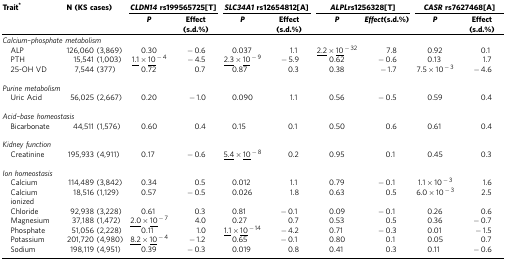
<table><thead><tr><td><b>Trait*</b></td><td><b>N (KS cases)</b></td><td colspan="2"><b><i>CLDN14</i>rs199565725[T]</b></td><td colspan="2"><b><i>SLC34A1</i>rs12654812[A]</b></td><td colspan="2"><b><i>ALPL</i>rs1256328[T]</b></td><td colspan="2"><b><i>CASR</i>rs7627468[A]</b></td></tr><tr><td><b> </b></td><td><b> </b></td><td><b><i>P</i></b></td><td><b>Effect (s.d.%)</b></td><td><b><i>P</i></b></td><td><b>Effect (s.d.%)</b></td><td><b><i>P</i></b></td><td><b><i>Effect</i>(s.d.%)</b></td><td><b><i>P</i></b></td><td><b>Effect (s.d.%)</b></td></tr></thead><tbody><tr><td colspan="10"><i>Calcium–phosphate metabolism</i></td></tr><tr><td><b> </b>ALP</td><td>126,060 (3,869)</td><td>0.30</td><td>−0.6</td><td>0.037</td><td>1.1</td><td><underline>2.2 × 10</underline><sup>−32</sup></td><td>7.8</td><td>0.92</td><td>0.1</td></tr><tr><td> PTH</td><td>15,541 (1,003)</td><td><underline>1.1 × 10</underline><sup>−4</sup></td><td>−4.5</td><td><underline>2.3 × 10</underline><sup>−9</sup></td><td>−5.9</td><td>0.62</td><td>−0.6</td><td>0.13</td><td>1.7</td></tr><tr><td> 25-OH VD</td><td>7,544 (377)</td><td>0.72</td><td>0.7</td><td>0.87</td><td>0.3</td><td>0.38</td><td>−1.7</td><td>7.5 × 10<sup>−3</sup></td><td>−4.6</td></tr><tr><td> </td><td> </td><td> </td><td> </td><td> </td><td> </td><td> </td><td> </td><td> </td><td> </td></tr><tr><td colspan="10"><i>Purine metabolism</i></td></tr><tr><td> Uric Acid</td><td>56,025 (2,667)</td><td>0.20</td><td>−1.0</td><td>0.090</td><td>1.1</td><td>0.56</td><td>−0.5</td><td>0.59</td><td>0.4</td></tr><tr><td> </td><td> </td><td> </td><td> </td><td> </td><td> </td><td> </td><td> </td><td> </td><td> </td></tr><tr><td colspan="10"><i>Acid–base homeostasis</i></td></tr><tr><td> Bicarbonate</td><td>44,511 (1,576)</td><td>0.60</td><td>0.4</td><td>0.15</td><td>0.1</td><td>0.50</td><td>0.6</td><td>0.61</td><td>0.4</td></tr><tr><td> </td><td> </td><td> </td><td> </td><td> </td><td> </td><td> </td><td> </td><td> </td><td> </td></tr><tr><td colspan="10"><i>Kidney function</i></td></tr><tr><td> Creatinine</td><td>195,933 (4,911)</td><td>0.17</td><td>−0.6</td><td><underline>5.4 × 10</underline><sup>−8</sup></td><td>0.2</td><td>0.95</td><td>0.1</td><td>0.45</td><td>0.3</td></tr><tr><td> </td><td> </td><td> </td><td> </td><td> </td><td> </td><td> </td><td> </td><td> </td><td> </td></tr><tr><td colspan="10"><i>Ion homeostasis</i></td></tr><tr><td> Calcium</td><td>114,489 (3,842)</td><td>0.34</td><td>0.5</td><td>0.012</td><td>1.1</td><td>0.79</td><td>−0.1</td><td>1.1 × 10<sup>−3</sup></td><td>1.6</td></tr><tr><td> Calcium ionized</td><td>18,516 (1,129)</td><td>0.57</td><td>−0.5</td><td>0.026</td><td>1.8</td><td>0.63</td><td>0.5</td><td>6.0 × 10<sup>−3</sup></td><td>2.5</td></tr><tr><td> Chloride</td><td>92,938 (3,228)</td><td>0.61</td><td>0.3</td><td>0.81</td><td>−0.1</td><td>0.09</td><td>−0.1</td><td>0.26</td><td>0.6</td></tr><tr><td> Magnesium</td><td>37,188 (1,472)</td><td><underline>2.0 × 10</underline><sup>−7</sup></td><td>4.0</td><td>0.27</td><td>0.7</td><td>0.53</td><td>0.5</td><td>0.36</td><td>−0.7</td></tr><tr><td> Phosphate</td><td>51,056 (2,228)</td><td>0.11</td><td>1.0</td><td><underline>1.1 × 10</underline><sup>−14</sup></td><td>−4.2</td><td>0.71</td><td>−0.3</td><td>0.01</td><td>−1.5</td></tr><tr><td> Potassium</td><td>201,720 (4,980)</td><td><underline>8.2 × 10</underline><sup>−4</sup></td><td>−1.2</td><td>0.65</td><td>−0.1</td><td>0.80</td><td>0.1</td><td>0.05</td><td>0.7</td></tr><tr><td> Sodium</td><td>198,119 (4,951)</td><td>0.39</td><td>−0.3</td><td>0.019</td><td>0.8</td><td>0.41</td><td>0.3</td><td>0.11</td><td>−0.6</td></tr></tbody></table>